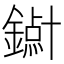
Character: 𱬥